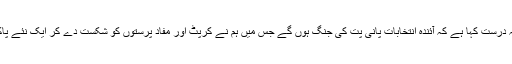
انہوں نے کہاکہ میں نے یہ درست کہا ہے کہ آئندہ انتخابات پانی پت کی جنگ ہوں گے جس میں ہم نے کرپٹ اور مفاد پرستوں کو شکست دے کر ایک نئے پاکستان کی بنیاد رکھنی ہے۔